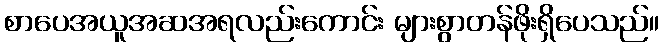
စာပေအယူအဆအရလည်းကောင်း များစွာတန်ဖိုးရှိပေသည်။